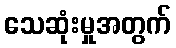
သေဆုံးမှုအတွက်